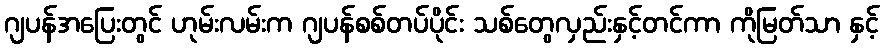
ဂျပန်အပြေးတွင် ဟုမ်းလမ်းက ဂျပန်စစ်တပ်ပိုင်း သစ်တွေလှည်းနှင့်တင်ကာ ကိုမြတ်သာ နှင့်